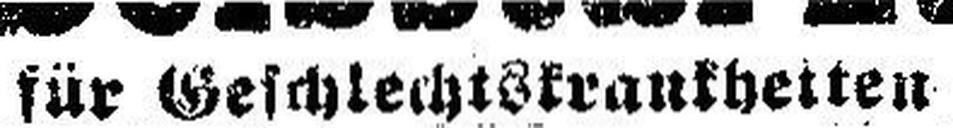
für Geschlechtskrankheiten